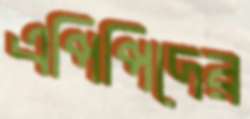
এপিপিদের